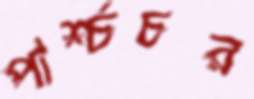
পার্শ্চচর